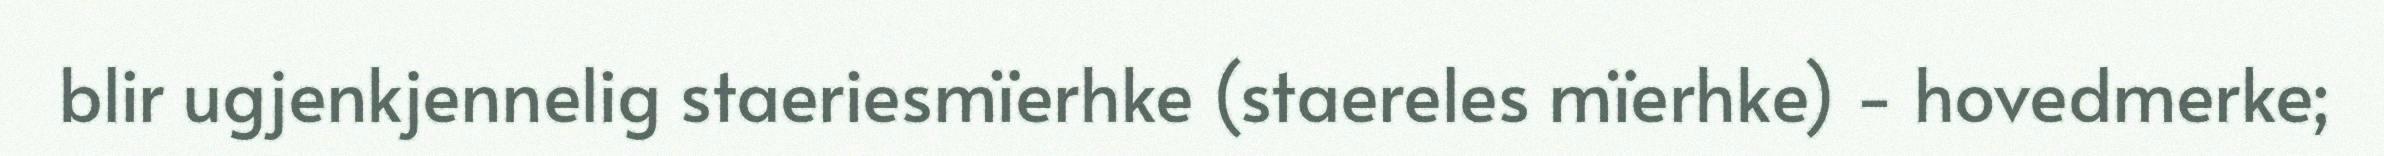
blir ugjenkjennelig staeriesmïerhke (staereles mïerhke) - hovedmerke;